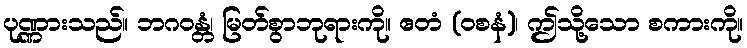
ပုဏ္ဏားသည်။ ဘဂဝန္တံ၊ မြတ်စွာဘုရားကို။ ဧတံ (ဝစနံ)၊ ဤသို့သော စကားကို။